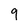
Character: 9